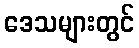
ဒေသများတွင်